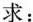
求：